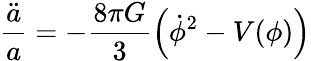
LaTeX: \frac{\ddot{a}}{a}=-\frac{8\pi G}{3}\left(\dot{\phi}^{2}-V(\phi)\right)